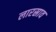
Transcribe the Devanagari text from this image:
लारस्राव